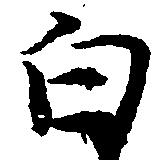
白